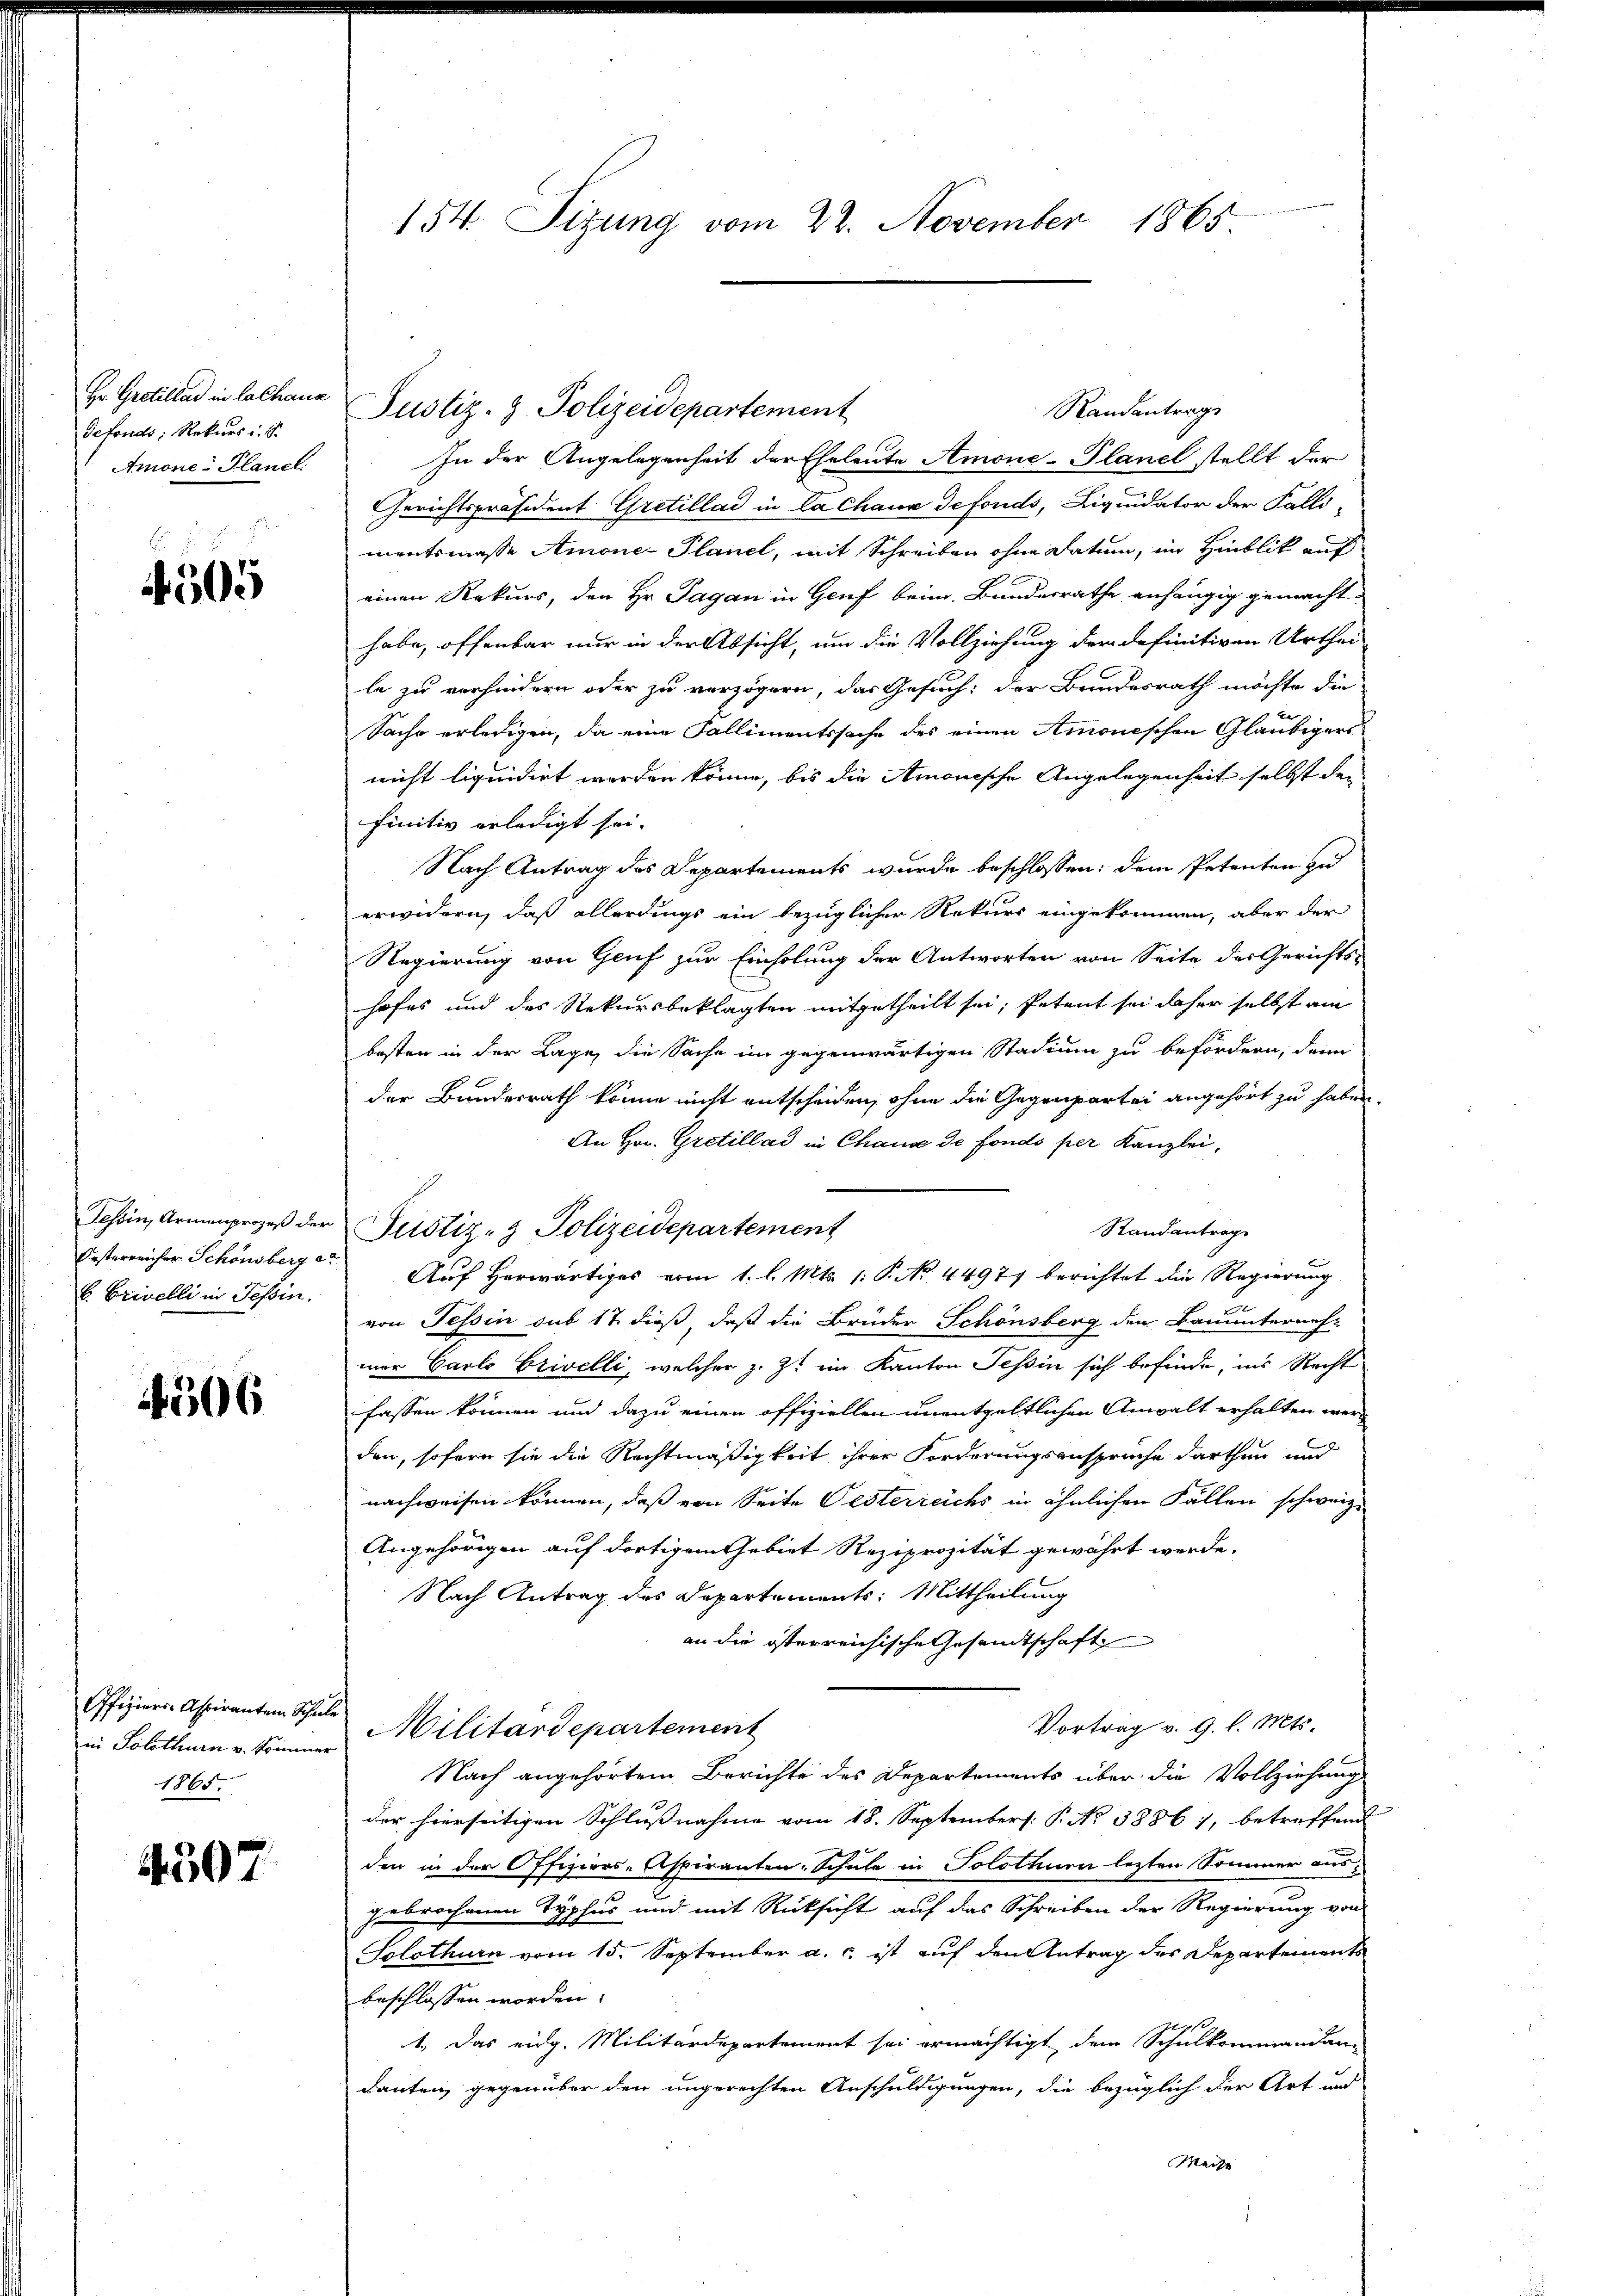
Hr. Gretillat in Lachaue
defonds, Rekurs u. S.
Amone: Planel

505

Tessin, Armenprozeß der
Oesterreicher Schönsberg er
b. Erinelli in Tessin.

506

Offiziers Aspiranten Schul
in Solothurn u. kommer
1865.

307

154. Sitzung vom 22. November 1865

Justiz- & Polizeidepartement
In der Angelegenheit der Eheleute Amone-Planel stellt der
Gerichtspräsident Gretillad in Ca Chana defonds, Liquidator der Falli-
mentsmasse Amone- Planel, mit Schreiben ohne Datum, im Hinblik auf
einen Rekurs, den Hr. Tagan in Genf beim Bundesrathe anhängig gemacht.
habe, offenbar nur in der Absicht, um die Vollziehung der definitiven Urthei-
le zu verhindern oder zu verzögern, das Gesuch: der Bundesrath möchte die
Sache erledigen, da eine Fallimentssache des einen Amonischen Gläubigers
nicht liquidirt worden könne, bis die Amonische Angelegenheit selbst den
finitiv erledigt sei.
Nach Antrag des Departements wurde beschlossen: dem Petenten zu
erwidern, daß allerdings ein bezüglicher Rekurs eingekommen, aber der
Regierung von Genf zur Einholung der Antworten von Seite des Gerichts-
hofes und das Rekursbeklagten mitgetheilt sei, Petent sei daher selbst am
bosten in der Lage, die Sache im gegenwärtigen Stadium zu befördern, denn
der Bundesrath könne nicht entscheiden, ohne die Gegenpartei angehört zu haben.
An Hrn. Gretillad in Chause de fondo per Kanzlei,
Standantrage
Justiz- & Polizeidepartement
Auf herwärtiges vom 1. l. Mts. 1: P. No. 4497 berichtet die Regierung
von Tessin sub 17. dieß, daß die Brüder Schönsberg den Bauunterneh-
mer Carlo Erivelli, welcher z. Z. ein Kanton Tessin sich befinde, ins Recht
fassen können und dazu einen offiziellen unentgeltlichen Anwalt erhalten werden, sofern sie die Rechtmäßigkeit ihrer Forderungsanspruche darthun und
nachweisen können, daß von Seite Oesterreichs in ähnlichen Fällen schweiz.
Angehörigen auf dortigem Gebiet Reziprozität gewährt werde.
 Nach Antrag des Departements: Mittheilung
an die österreichische Gesandtschaft
Vortrag v. 9. l. Mts.
Militärdepartement
Nach angehörtem Berichte des Departements über die Vollziehung
der hierseitigen Schlussnahme vom 18. September. P. No 38861, betreffend
den in der Offiziers-Aspiranten-Schule in Solothurn lezten Sommer ausgebrochenen Typhus und mit Rücksicht auf das Schreiben der Regierung von
Solothurn vom 15. September a. ist auf den Antrag des Departements
beschlossen worden.
1.) Das eidg. Militärdepartement sei ermächtigt dem Schulkommandan-
danten, gegenüber den ungerechten Anschuldigungen, die bezüglich der Art und
Weise

Randantrag